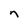
Character: n